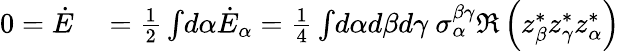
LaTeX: \begin{array}{rl}{0=\dot{E}}&{{}=\frac{1}{2}\int\! d\alpha\dot{E}_{\alpha}=\frac{1}{4}\int\! d\alpha d\beta d\gamma\ \sigma_{\alpha}^{\beta\gamma}\Re\left(z_{\beta}^{*}z_{\gamma}^{*}z_{\alpha}^{*}\right)}\end{array}